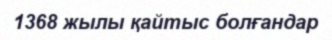
1368 жылы қайтыс болғандар